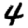
Digit: 4